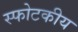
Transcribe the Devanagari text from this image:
स्फोटकीय